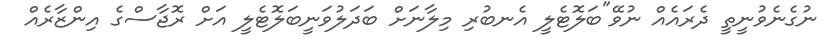
ނުގެނެވުނީތީ ދެރައެއް ނުވޭ"ބަލޮޓެލީ އެނބުރި މިލާނަށް ބަދަލުވަނީބަލޮޓެލީ އަށް ރޮޖާސްގެ އިންޒާރެއް